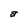
Character: a